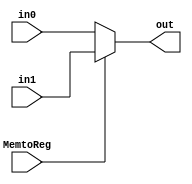
`timescale 1ns / 1ps


module Mux2(out,MemtoReg,in1, in0);
    input [64:0] in1, in0;
    input MemtoReg;
    output reg  [64:0] out;
    
always @(MemtoReg or in1 or in0) begin    
    if(MemtoReg) begin
        out <= in1; 
    end
    else begin
        out <= in0;
    end
end  
    
    
endmodule